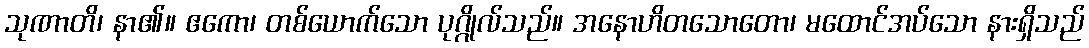
သုဏာတိ၊ နာ၏။ ဧကော၊ တစ်ယောက်သော ပုဂ္ဂိုလ်သည်။ အနောဟိတသောတော၊ မထောင်အပ်သော နားရှိသည်